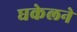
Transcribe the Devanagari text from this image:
घकेलने